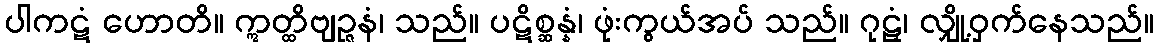
ပါကဋံ ဟောတိ။ ဣတ္ထိဗျဉ္ဇနံ၊ သည်။ ပဋိစ္ဆန္နံ၊ ဖုံးကွယ်အပ် သည်။ ဂုဠှံ၊ လျှို့ဝှက်နေသည်။